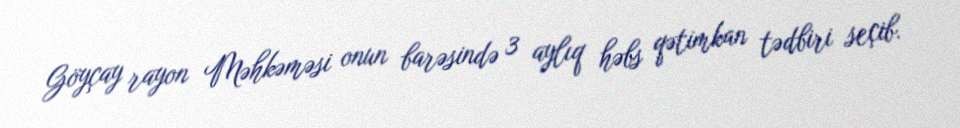
Göyçay rayon Məhkəməsi onun barəsində 3 aylıq həbs qətimkan tədbiri seçib.